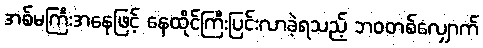
အစ်မကြီးအနေဖြင့် နေထိုင်ကြီးပြင်းလာခဲ့ရသည့် ဘဝတစ်လျှောက်